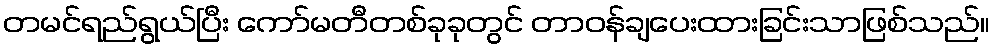
တမင်ရည်ရွယ်ပြီး ကော်မတီတစ်ခုခုတွင် တာဝန်ချပေးထားခြင်းသာဖြစ်သည်။